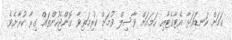
ކަމަށް ކަނޑައަޅާ އެޓާގެޓާއި ހަމައަށް ވާސިލް ވުމަށް ކުރިމަތިވާ ގޮންޖެހުންތައް ގިރާ ކުރާށެވެ.